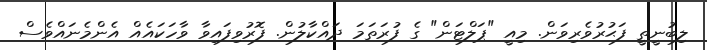
ލިބުނީތީ ފަޙުރުވެރިވަން. މިއީ "ޕަލްޓަން" ގެ ފުރަތަމަ ދައްކާލުުން. ފޮރުވިފައިވާ ވާހަކައެއް އެންމެނައްވެސް